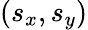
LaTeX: (s_{x},s_{y})